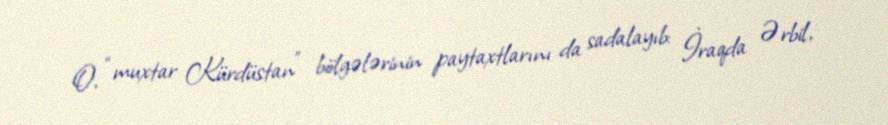
O, “muxtar Kürdüstan” bölgələrinin paytaxtlarını da sadalayıb: İraqda Ərbil,